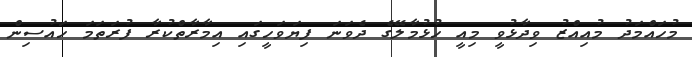
މުހައްމަދު މުއިއްޒު ވިދާޅުވީ މިއީ ހުޅުމާލޭގެ ދެވަނަ ފިޔަވަހީގައި އިމާރާތްކުރާ ފުރަތަމަ ހައުސިން